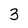
Character: 3